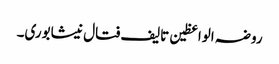
روضہ الواعظین تالیف فتال نیشابوری۔